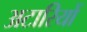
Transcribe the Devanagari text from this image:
अटारियों